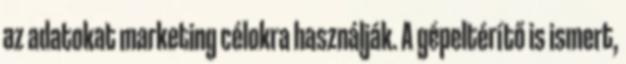
az adatokat marketing célokra használják. A gépeltérítő is ismert,